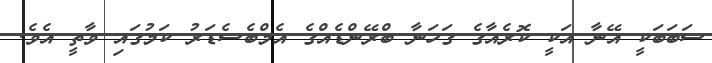
ސަބަބަކީ އޭނާ އަކީ ކޮރެއާގެ ގަހަނާ ބްރޭންޑެއްގެ އެމްބެސެޑަރު ކަމުގައި ވާތީ އެވެ.